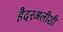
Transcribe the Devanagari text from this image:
हैदरअलीशी